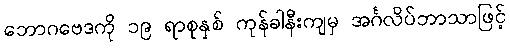
ဘောဂဗေဒကို ၁၉ ရာစုနှစ် ကုန်ခါနီးကျမှ အင်္ဂလိပ်ဘာသာဖြင့်